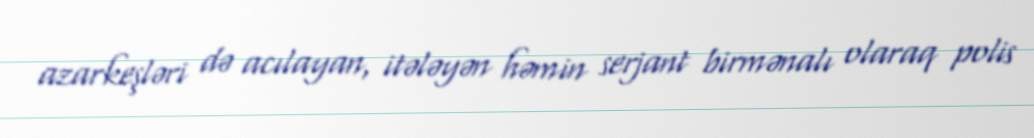
azarkeşləri də acılayan, itələyən həmin serjant birmənalı olaraq polis